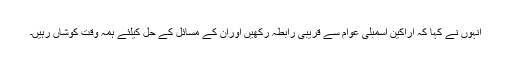
انہوں نے کہا کہ اراکین اسمبلی عوام سے قریبی رابطہ رکھیں اوران کے مسائل کے حل کیلئے ہمہ وقت کوشاں رہیں۔